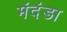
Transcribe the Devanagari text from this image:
मंदंडा